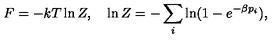
F = - k T \ln Z , \quad \ln Z = - \sum _ { i } \ln ( 1 - e ^ { - \beta p _ { i } } ) ,